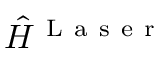
\hat { H } ^ { \mathrm { ~ L ~ a ~ s ~ e ~ r ~ } }